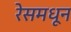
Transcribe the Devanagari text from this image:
रेसमधून